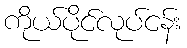
ကိုယ်ပိုင်လုပ်ငန်း